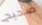
صحيح